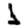
Digit: 1